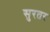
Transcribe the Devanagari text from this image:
सुरतर